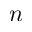
n